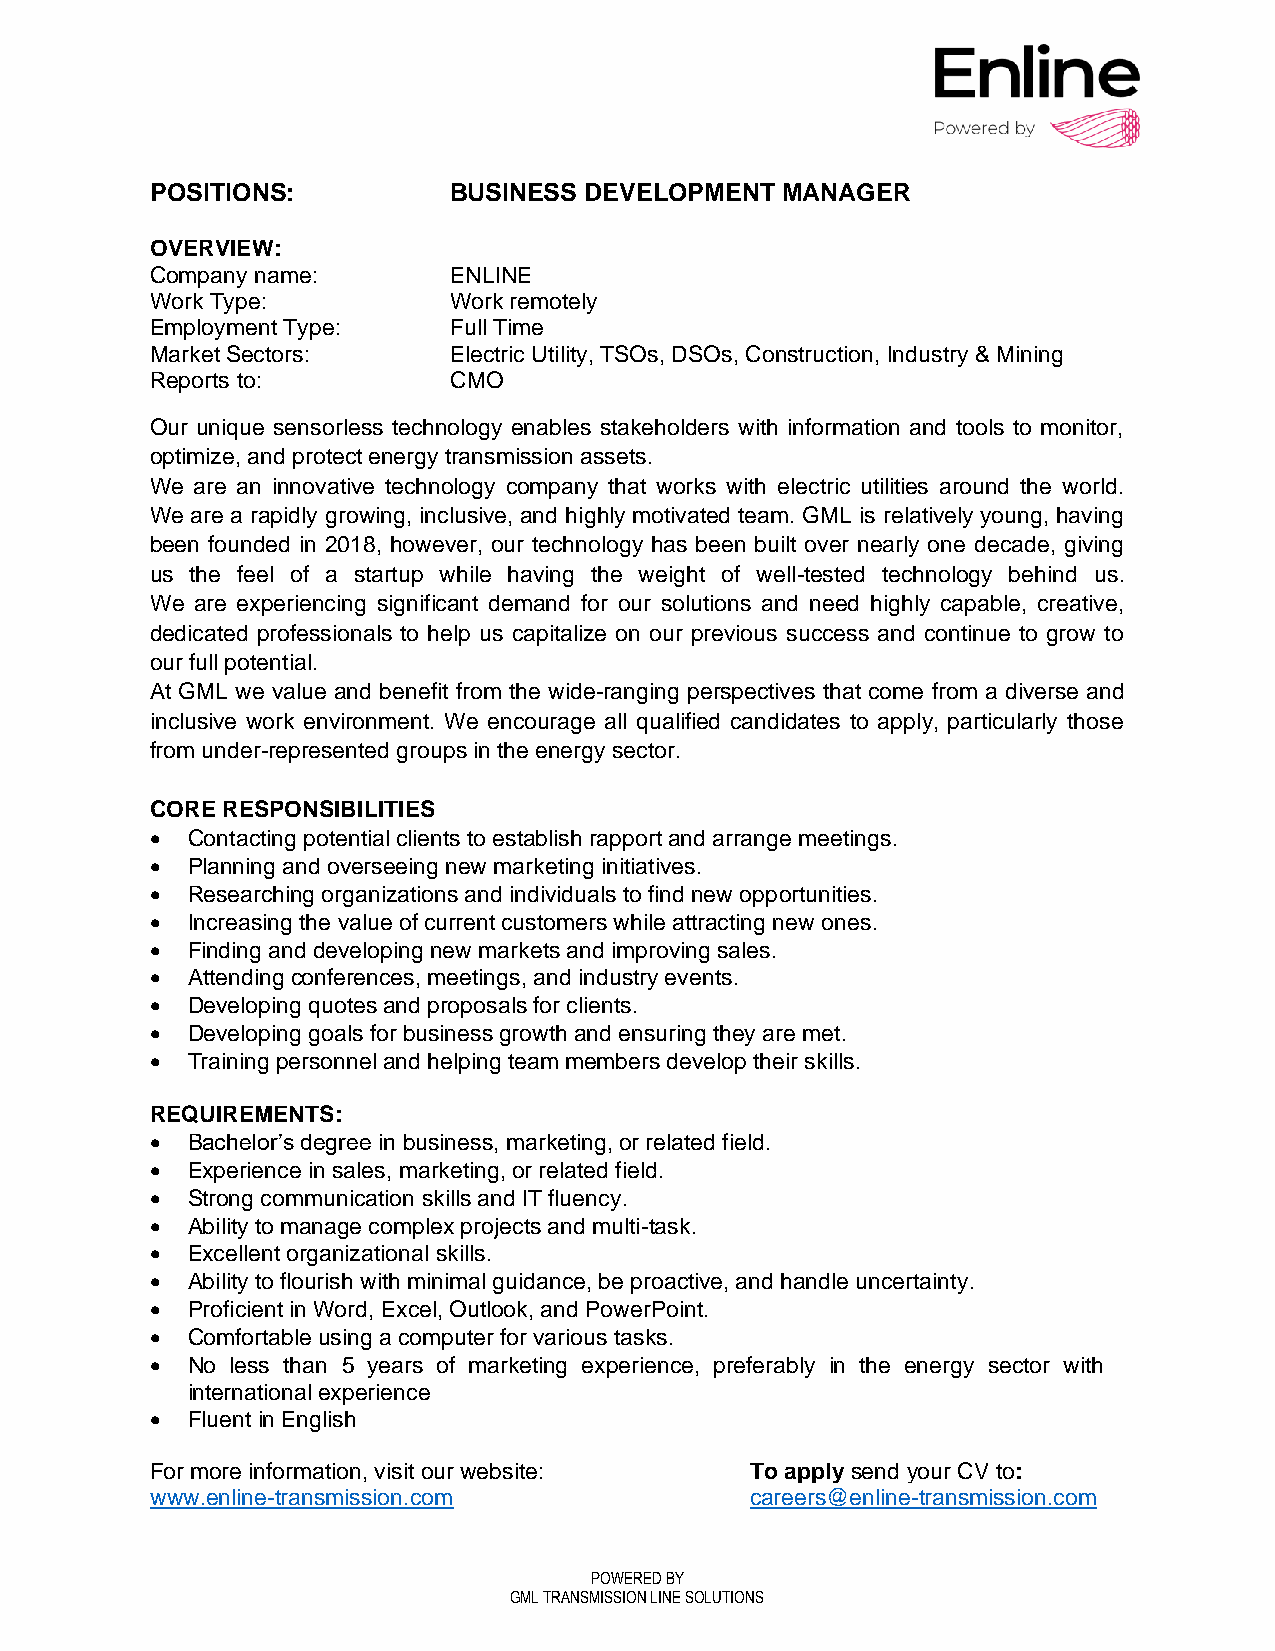
POSITIONS:          BUSINESS DEVELOPMENT  MANAGER
 OVERVIEW:
 Company name:       ENLINE
 Work Type:          Work remotely
 Employment Type:    Full Time
 Market Sectors:     Electric Utility, TSOs, DSOs, Construction, Industry & Mining
 Reports to:         CMO
 Our unique sensorless technology enables stakeholders with information and tools to monitor,
 optimize, and protect energy transmission assets.
 We are an innovative technology company that works with electric utilities around the world.
 We are a rapidly growing, inclusive, and highly motivated team. GML is relatively young, having
 been founded in 2018, however, our technology has been built over nearly one decade, giving
 us the feel of a startup while having the weight of well-tested technology behind us.
 We are experiencing significant demand for our solutions and need highly capable, creative,
 dedicated professionals to help us capitalize on our previous success and continue to grow to
 our full potential.
 At GML we value and benefit from the wide-ranging perspectives that come from a diverse and
 inclusive work environment. We encourage all qualified candidates to apply, particularly those
 from under-represented groups in the energy sector.
 CORE RESPONSIBILITIES
 • Contacting potential clients to establish rapport and arrange meetings.
 • Planning and overseeing new marketing initiatives.
 • Researching organizations and individuals to find new opportunities.
 • Increasing the value of current customers while attracting new ones.
 • Finding and developing new markets and improving sales.
 • Attending conferences, meetings, and industry events.
 • Developing quotes and proposals for clients.
 • Developing goals for business growth and ensuring they are met.
 • Training personnel and helping team members develop their skills.
 REQUIREMENTS:
 • Bachelor’s degree in business, marketing, or related field.
 • Experience in sales, marketing, or related field.
 • Strong communication skills and IT fluency.
 • Ability to manage complex projects and multi-task.
 • Excellent organizational skills.
 • Ability to flourish with minimal guidance, be proactive, and handle uncertainty.
 • Proficient in Word, Excel, Outlook, and PowerPoint.
 • Comfortable using a computer for various tasks.
 • No less than 5 years of marketing experience, preferably in the energy sector with
 international experience
 • Fluent in English
 For more information, visit our website: To apply send your CV to:
 www.enline-transmission.com             careers@enline-transmission.com
 POWERED BY
 GML TRANSMISSION LINE SOLUTIONS